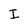
Character: I